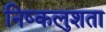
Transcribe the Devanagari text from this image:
निष्कलुशता